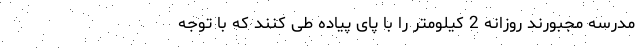
مدرسه مجبورند روزانه 2 کیلومتر را با پای پیاده طی کنند که با توجه